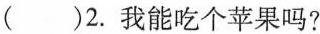
( )2. 我能吃个苹果吗?